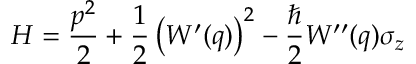
H = \frac { p ^ { 2 } } { 2 } + \frac { 1 } { 2 } \left( W ^ { \prime } ( q ) \right) ^ { 2 } - \frac { \hbar } { 2 } W ^ { \prime \prime } ( q ) \sigma _ { z }